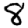
Digit: 8